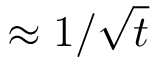
\approx 1 / \sqrt { t }